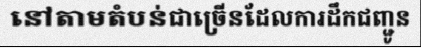
នៅតាមតំបន់ជាច្រើនដែលការដឹកជញ្ជូន